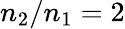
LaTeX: n_{2}/n_{1}=2